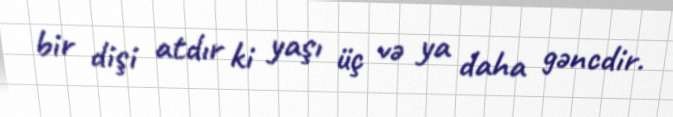
bir dişi atdır ki yaşı üç və ya daha gəncdir.